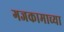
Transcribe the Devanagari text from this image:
गजकामाच्या